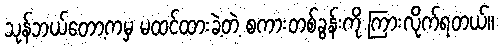
သုန်ဘယ်တော့ကမှ မထင်ထားခဲ့တဲ့ စကားတစ်ခွန်းကို ကြားလိုက်ရတယ်။